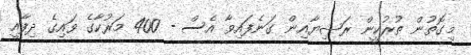
މިގޮތުން ތުރުކީން ރަޝިޔާއިން ގަނެފައިވާ އެސް - 400 މަރުކާގެ ވައިގެ ދިފާއީ